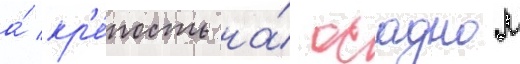
а́ кр'е́пость на́ осадном